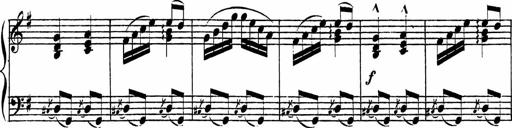
Title: Piano Sonatinas
Composer: Charles Fradel